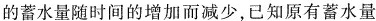
的蓄水量随时间的增加而减少，已知原有蓄水量